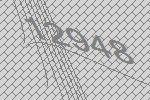
12948